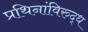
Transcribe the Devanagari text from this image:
प्रथिनांविरुद्ध